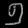
Digit: ၅